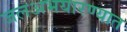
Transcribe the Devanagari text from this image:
जलअभयारण्यात